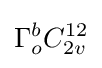
\Gamma _{o}^{b}C_{2v}^{12}